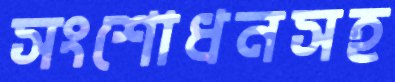
সংশোধনসহ